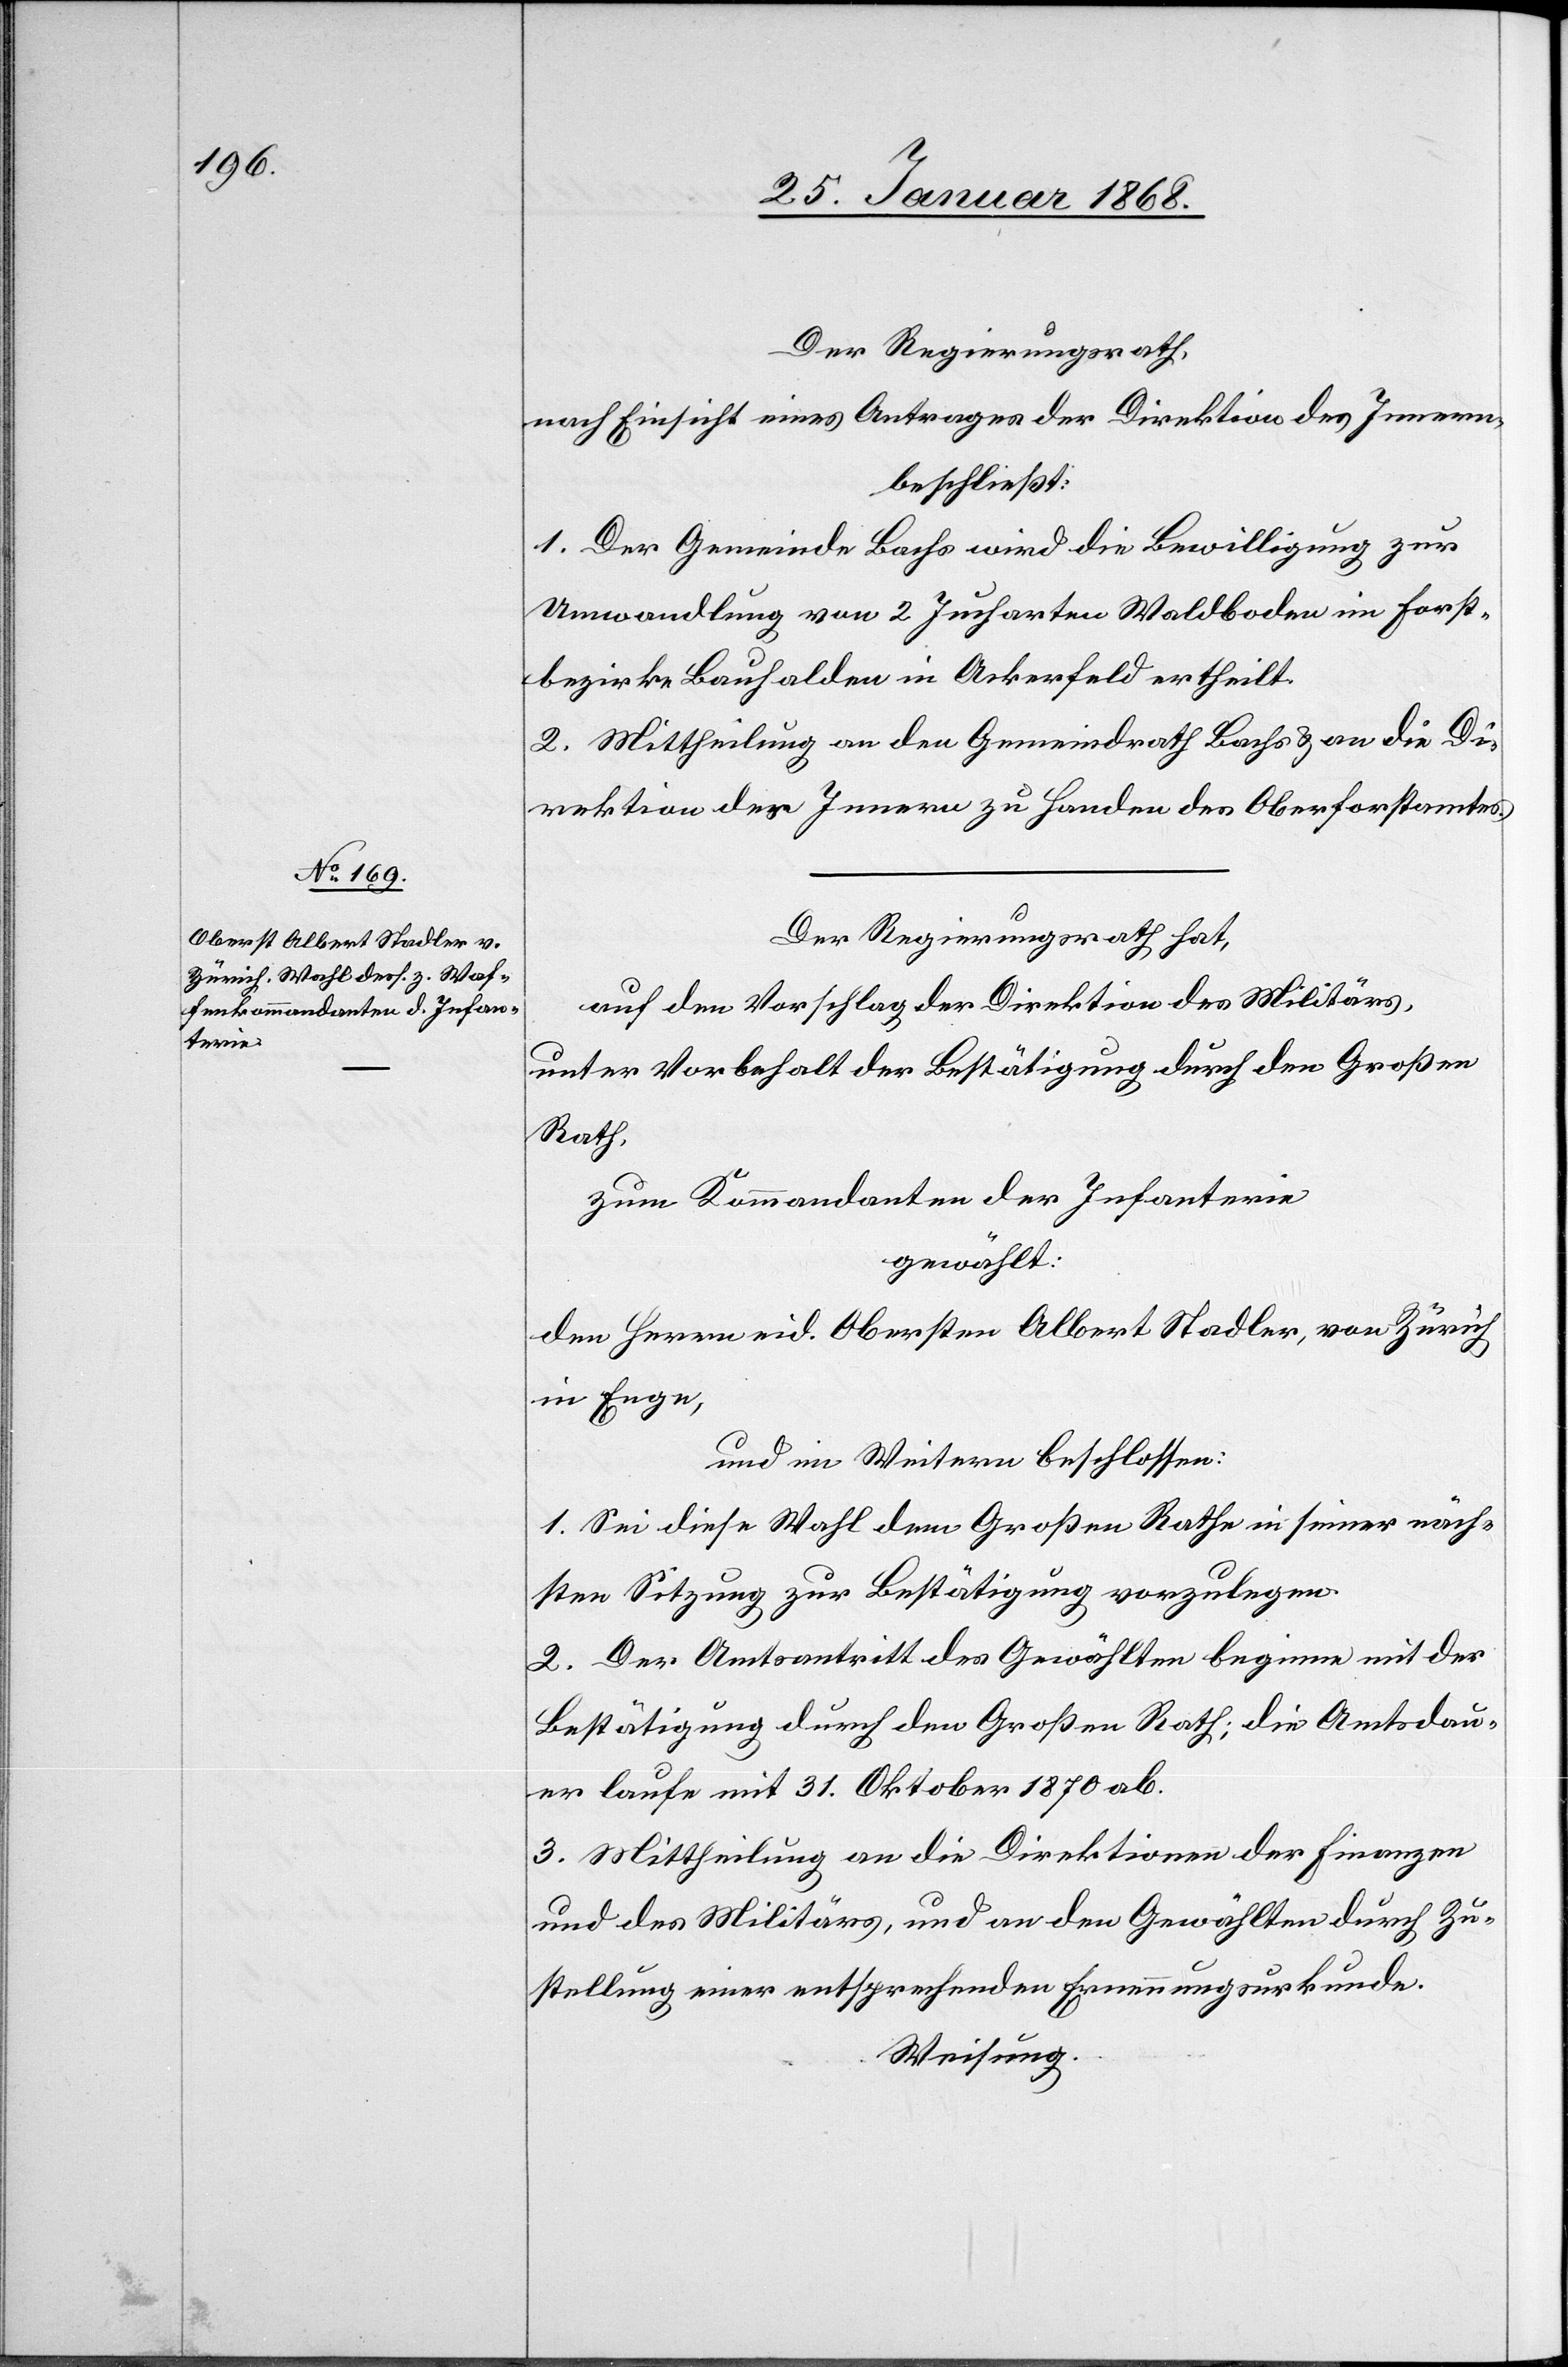
Der Regierungsrath,
nach Einsicht eines Antrages der Direktion des Innern,
beschließt:
1. Der Gemeinde Bachs wird die Bewilligung zur
Umwandlung von 2 Jucharten Waldboden im Forst¬
bezirke Bauhalden in Ackerfeld ertheilt.
2. Mittheilung an den Gemeindrath Bachs & an die Di¬
rektion des Innern zu Handen des Oberforstamtes.
Der Regierungsrath hat,
auf den Vorschlag der Direktion des Militärs,
unter Vorbehalt der Bestätigung durch den Großen
Rath,
zum Kommandanten der Infanterie
gewählt:
den Herrn eid. Obersten Albert Stadler, von Zürich
in Enge,
und im Weitern beschlossen:
1. Sei diese Wahl dem Großen Rathe in seiner näch¬
sten Sitzung zur Bestätigung vorzulegen.
2. Der Amtsantritt des Gewählten beginne mit der
Bestätigung durch den Großen Rath; die Amtsdau¬
er laufe mit 31. Oktober 1870 ab.
3. Mittheilung an die Direktionen der Finanzen
und des Militärs, und an den Gewählten durch Zu¬
stellung einer entsprechenden Ernennungsurkunde.
Weisung.